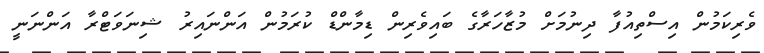
ވެރިކަމުން އިސްތިއުފާ ދިނުމަށް މުޒާހަރާގެ ބައިވެރިން ޑިމާންޑް ކުރަމުން އަންނައިރު ޝިނަވަޓްރާ އަންނަނީ